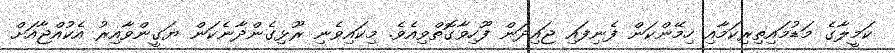
ކަމީލާގެ މަޑުމައިތިރިކަމާއި ހިމޭންކަން ފެނިފައި ޖައިދަން ފޫހިވާގޮތްވިއެވެ. މިކައިވެނި ރޫޅިގެންދާނެކަން ޔަގީންވާއިރު އެކުއްޖާއަށް